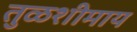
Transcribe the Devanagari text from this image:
तुळशीमाय